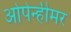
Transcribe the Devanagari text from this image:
ओपेन्हीमर